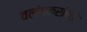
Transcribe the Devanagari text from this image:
वलंगकरांकडे